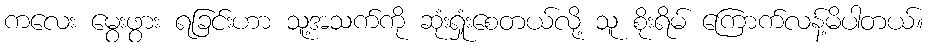
ကလေး မွေးဖွား ရခြင်းဟာ သူ့အသက်ကို ဆုံးရှုံးစေတယ်လို့ သူ စိုးရိမ် ကြောက်လန့်မိပါတယ်။